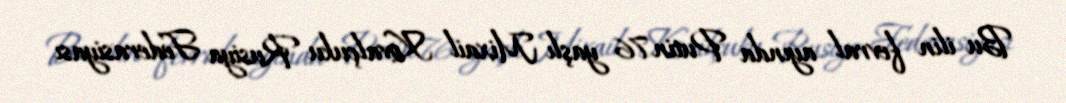
Bu ilin fevral ayında Putin 76 yaşlı Mixail Kovalçuku Rusiya Federasiyası